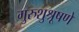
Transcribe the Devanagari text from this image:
गुरुशुश्रूषणे